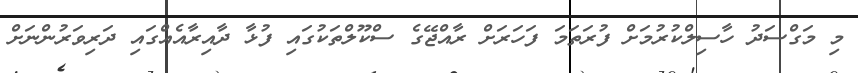
މި މަގްސަދު ހާސިލްކުރުމަށް ފުރަތަމަ ފަހަރަށް ރާއްޖޭގެ ސްކޫލްތަކުގައި ފުޅާ ދާއިރާއެއްގައި ދަރިވަރުންނަށް